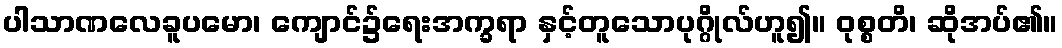
ပါသာဏလေခူပမော၊ ကျောင်၌ရေးအက္ခရာ နှင့်တူသောပုဂ္ဂိုလ်ဟူ၍။ ဝုစ္စတိ၊ ဆိုအပ်၏။